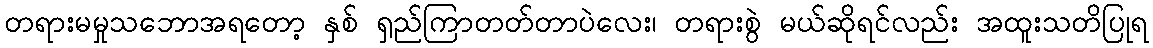
တရားမမှုသဘောအရတော့ နှစ် ရှည်ကြာတတ်တာပဲလေး၊ တရားစွဲ မယ်ဆိုရင်လည်း အထူးသတိပြုရ